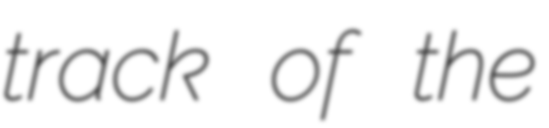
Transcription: track of the